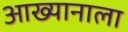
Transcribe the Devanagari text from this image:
आख्यानाला